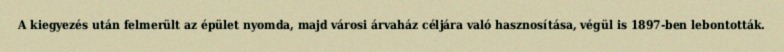
A kiegyezés után felmerült az épület nyomda, majd városi árvaház céljára való hasznosítása, végül is 1897-ben lebontották.